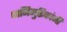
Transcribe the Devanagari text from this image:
ध्वनिमुद्रिकांनी